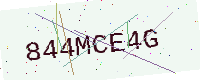
Text: 844MCE4G